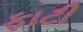
ફાટી